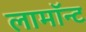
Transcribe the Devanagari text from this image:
लामॉन्ट